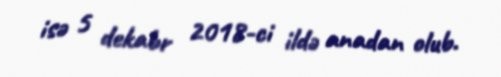
isə 5 dekabr 2018-ci ildə anadan olub.